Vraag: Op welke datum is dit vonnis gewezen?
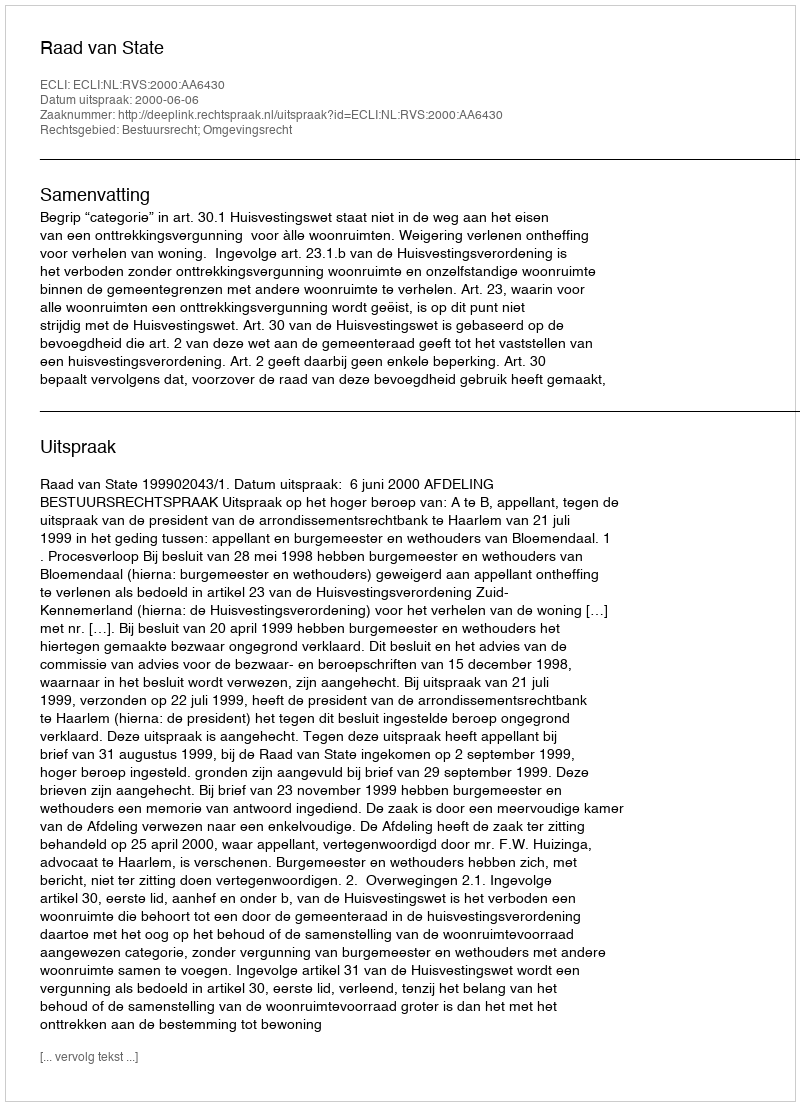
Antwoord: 2000-06-06